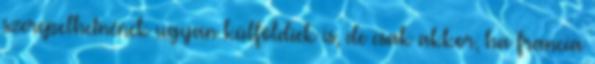
szerepelhetnének ugyan külföldiek is, de csak akkor, ha francia